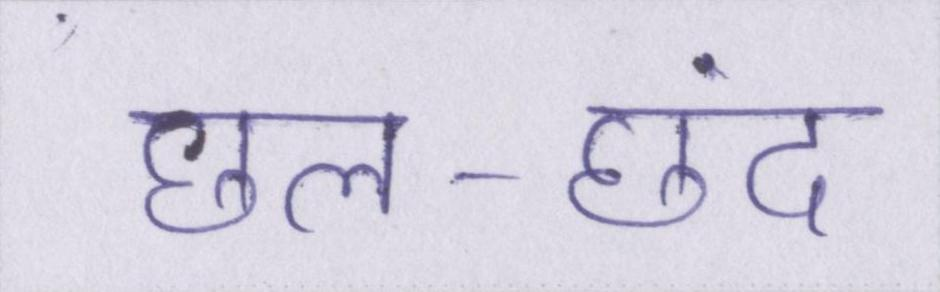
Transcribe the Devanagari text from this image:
छल-छंद